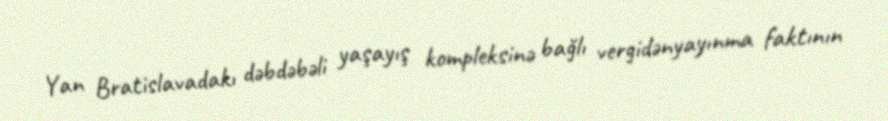
Yan Bratislavadakı dəbdəbəli yaşayış kompleksinə bağlı vergidənyayınma faktının